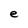
Character: e